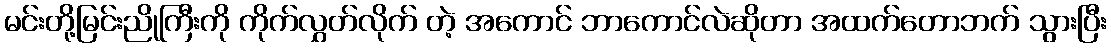
မင်းတို့မြင်းညိုကြီးကို ကိုက်လွှတ်လိုက် တဲ့ အကောင် ဘာကောင်လဲဆိုတာ အထက်တောဘက် သွားပြီး